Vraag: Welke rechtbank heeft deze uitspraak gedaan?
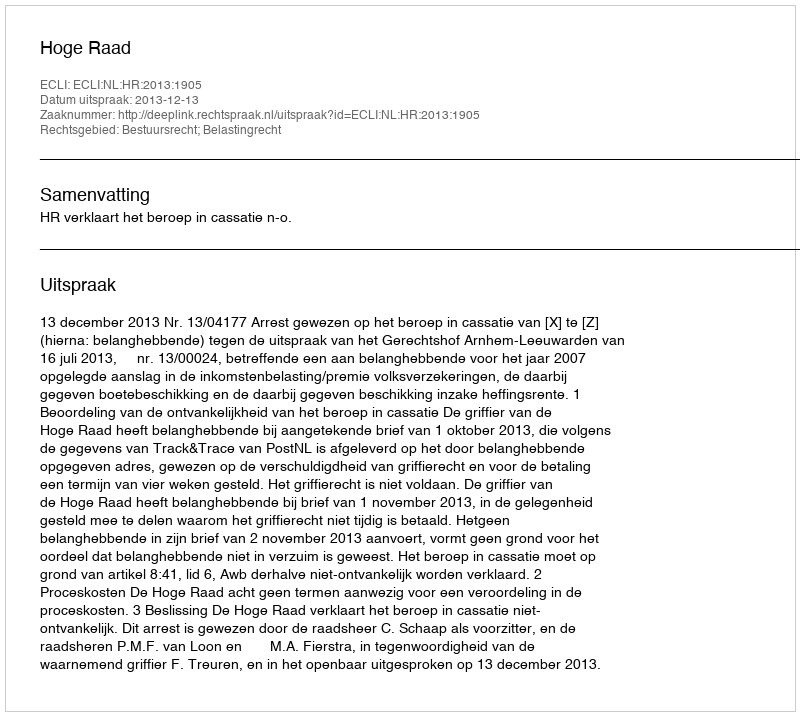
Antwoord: Hoge Raad